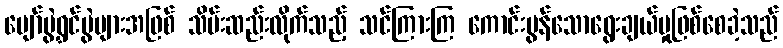
ပျော်ပွဲရွှင်ပွဲများအဖြစ် သိမ်းဆည်းလိုက်သည့် သင်ကြားကြ ကောင်းမွန်သောရွေးချယ်မှုဖြစ်စေခဲ့သည်